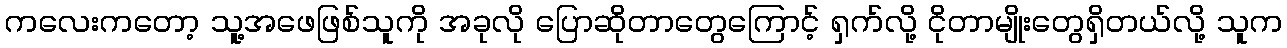
ကလေးကတော့ သူ့အဖေဖြစ်သူကို အခုလို ပြောဆိုတာတွေကြောင့် ရှက်လို့ ငိုတာမျိုးတွေရှိတယ်လို့ သူက